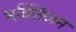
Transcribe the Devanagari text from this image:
भक्तिजन